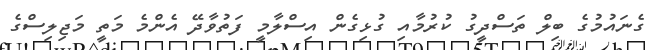
ގެނައުމުގެ ބިލް ތަސްދީގު ކުރުމާއި ގުޅިގެން އިސްލާމީ ފަތުވާދޭ އެންމެ މަތީ މަޖިލިސްގެ